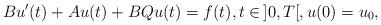
LaTeX: \begin{align*}Bu'(t) +Au(t) + BQu(t) =f(t), t\in \,] 0,T[,u(0)=u_0,\end{align*}